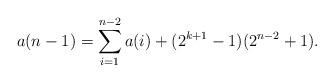
LaTeX: \begin{align*} a(n - 1) = \sum_{i = 1}^{n - 2} a(i) + (2^{k + 1} - 1)(2^{n - 2} + 1). \end{align*}